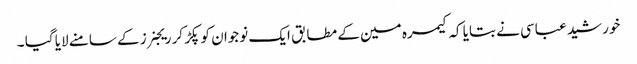
خورشید عباسی نے بتایا کہ کیمرہ مین کے مطابق ایک نوجوان کو پکڑ کر ریجنرز کے سامنے لایا گیا ۔